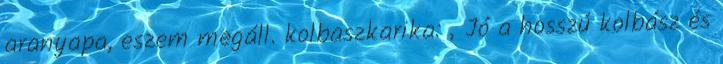
aranyapa, eszem megáll. kolbaszkarika: „Jó a hosszú kolbász és